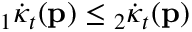
{ } _ { 1 } \dot { \kappa } _ { t } ( \mathbf { p } ) \leq { } _ { 2 } \dot { \kappa } _ { t } ( \mathbf { p } )